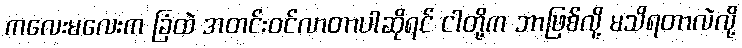
ကလေးမလေးက ခြံထဲ အတင်းဝင်လာတာပါဆိုရင် ငါတို့က ဘာဖြစ်လို့ မသိရတာလဲလို့